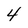
Character: 4